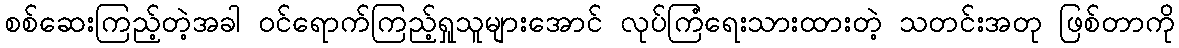
စစ်ဆေးကြည့်တဲ့အခါ ဝင်ရောက်ကြည့်ရှုသူများအောင် လုပ်ကြံရေးသားထားတဲ့ သတင်းအတု ဖြစ်တာကို